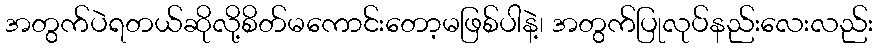
အတွက်ပဲရတယ်ဆိုလို့စိတ်မကောင်းတော့မဖြစ်ပါနဲ့၊ အတွက်ပြုလုပ်နည်းလေးလည်း